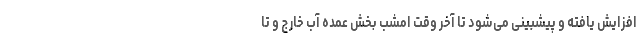
افزایش یافته و پیشبینی می‌شود تا آخر وقت امشب بخش عمده آب خارج و تا